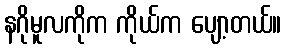
နဂိုမူလကိုက ကိုယ်က ပျော့တယ်။